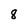
Character: 8